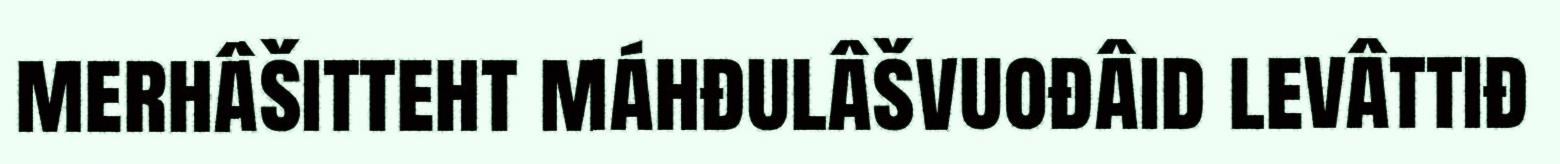
merhâšitteht máhđulâšvuođâid levâttiđ